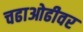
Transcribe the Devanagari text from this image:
चढाओढीवर